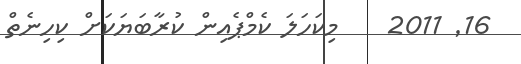
16